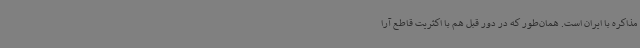
مذاکره با ایران است. همان‌طور که در دور قبل هم با اکثریت قاطع آرا